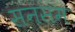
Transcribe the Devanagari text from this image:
सनसम